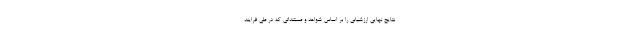
نتایج نهایی ارزشیابی را بر اساس شواهد و مستنداتی که در طی فرایند